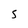
Character: 5